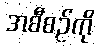
အစီစဉ်ကို